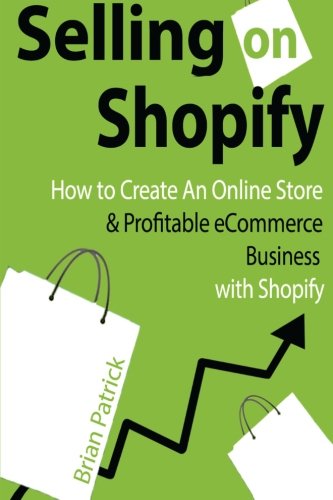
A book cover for Selling on Shopify: How to Create an Online Store & Profitable eCommerce Busines; Brian Patrick; Computers & Technology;